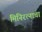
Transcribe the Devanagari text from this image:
मिनिरत्नाचा